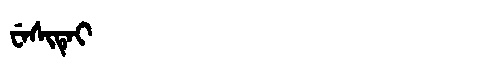
Manchu: ᠸᡝᠰᡳᡨᡝᡳ
Romanization: WESITEI